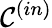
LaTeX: {\cal C}^{(in)}